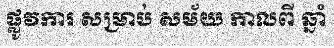
ផ្លូវការ សម្រាប់ សម័យ កាលពី ឆ្នាំ